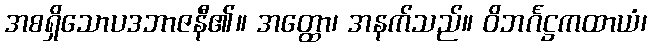
အစရှိသောပဒဘာဇနီ၏။ အတ္ထော၊ အနက်သည်။ ဝိဘင်္ဂဋ္ဌကထာယံ၊